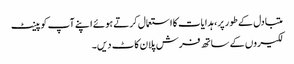
متبادل کے طور پر ، ہدایات کا استعمال کرتے ہوئے اپنے آپ کو پینٹ
لکیروں کے ساتھ فرش پلان کاٹ دیں۔